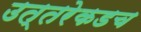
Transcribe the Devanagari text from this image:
उत्तरेकडच